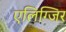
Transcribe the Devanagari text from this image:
एलिग्जिर